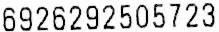
6926292505723